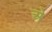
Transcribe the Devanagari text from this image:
अे